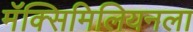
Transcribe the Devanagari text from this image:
मॅक्सिमिलियनला